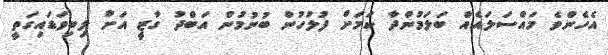
އެހެންވެ މައްސަލައެއް ބަލަމުންދާ ކަމަށް ފުލުހުން ބުނުމުން އަބްދު ގާޒީ އަށް ލިބިވަޑައިގަތީ